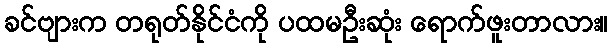
ခင်ဗျားက တရုတ်နိုင်ငံကို ပထမဦးဆုံး ရောက်ဖူးတာလား။